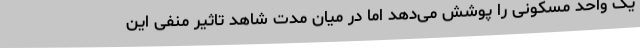
یک واحد مسکونی را پوشش می‌دهد اما در میان مدت شاهد تاثیر منفی این